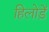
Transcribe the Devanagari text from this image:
हिलोड़ें